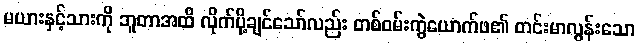
မယားနှင့်သားကို ဘူတာအထိ လိုက်ပို့ချင်သော်လည်း တစ်ဝမ်းကွဲယောက်ဖ၏ တင်းမာလွန်းသော